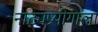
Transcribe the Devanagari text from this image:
नाट्यप्रयोगाला